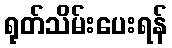
ရုတ်သိမ်းပေးရန်